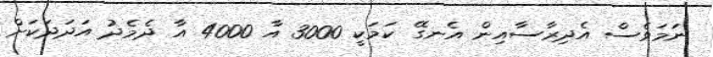
ނަމަވެސް އެދިރާސާއިން އެނގޭ ކަމަކީ 3000 އާ 4000 އާ ދެމެދު އަދަދަކަށް